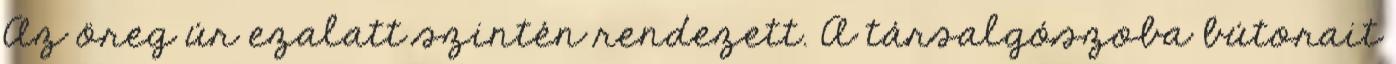
Az öreg úr ezalatt szintén rendezett. A társalgószoba bútorait